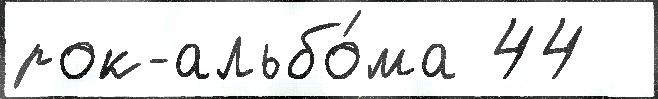
рок-альбо́ма 44